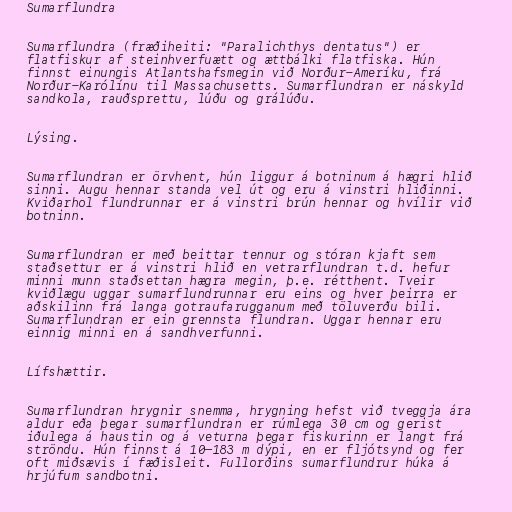
Sumarflundra

Sumarflundra (fræðiheiti: "Paralichthys dentatus") er
flatfiskur af steinhverfuætt og ættbálki flatfiska. Hún
finnst einungis Atlantshafsmegin við Norður-Ameríku, frá
Norður-Karólínu til Massachusetts. Sumarflundran er náskyld
sandkola, rauðsprettu, lúðu og grálúðu.

Lýsing.

Sumarflundran er örvhent, hún liggur á botninum á hægri hlið
sinni. Augu hennar standa vel út og eru á vinstri hliðinni.
Kviðarhol flundrunnar er á vinstri brún hennar og hvílir við
botninn.

Sumarflundran er með beittar tennur og stóran kjaft sem
staðsettur er á vinstri hlið en vetrarflundran t.d. hefur
minni munn staðsettan hægra megin, þ.e. rétthent. Tveir
kviðlægu uggar sumarflundrunnar eru eins og hver þeirra er
aðskilinn frá langa gotraufarugganum með töluverðu bili.
Sumarflundran er ein grennsta flundran. Uggar hennar eru
einnig minni en á sandhverfunni.

Lífshættir.

Sumarflundran hrygnir snemma, hrygning hefst við tveggja ára
aldur eða þegar sumarflundran er rúmlega 30 cm og gerist
iðulega á haustin og á veturna þegar fiskurinn er langt frá
ströndu. Hún finnst á 10–183 m dýpi, en er fljótsynd og fer
oft miðsævis í fæðisleit. Fullorðins sumarflundrur húka á
hrjúfum sandbotni.